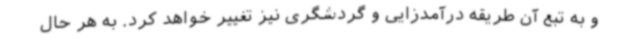
و به تبع آن طریقه درآمدزایی و گردشگری نیز تغییر خواهد کرد. به هر حال